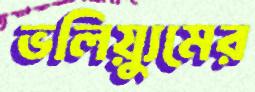
ভলিয়্যুমের